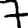
Digit: 7